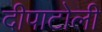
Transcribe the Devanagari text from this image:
दीपाटोली